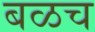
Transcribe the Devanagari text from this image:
बळच